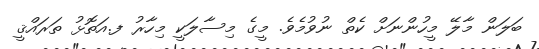
ބަލަން މާލޭ މީހުންނަށް ކެތް ނުވުމެވެ. މީގެ މިސާލަކީ މިހާރު ފ.އަތޮޅު ތަރައްޤީ